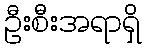
ဦးစီးအရာရှိ